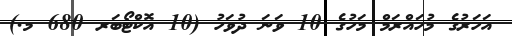
އަހަރުގެ މުހައްރަމް މަހުގެ 10 ވަނަ ދުވަހު (10 އޮކްޓޯބަރ 680 މ.)